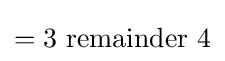
=3~\mathrm {remainder} ~4